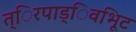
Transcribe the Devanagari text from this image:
त्िरपाड्िवभूिट